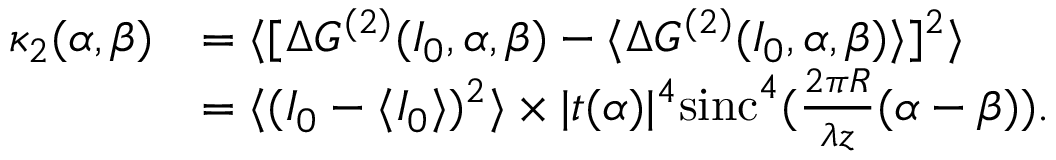
\begin{array} { r l } { \kappa _ { 2 } ( \alpha , \beta ) } & { = \langle [ \Delta G ^ { ( 2 ) } ( I _ { 0 } , \alpha , \beta ) - \langle \Delta G ^ { ( 2 ) } ( I _ { 0 } , \alpha , \beta ) \rangle ] ^ { 2 } \rangle } \\ & { = \langle ( I _ { 0 } - \langle I _ { 0 } \rangle ) ^ { 2 } \rangle \times | t ( \alpha ) | ^ { 4 } \mathrm { s i n c } ^ { 4 } ( \frac { 2 \pi R } { \lambda z } ( \alpha - \beta ) ) . } \end{array}